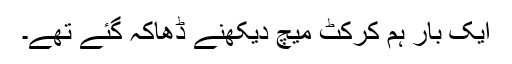
ایک بار ہم کرکٹ میچ دیکھنے ڈھاکہ گئے تھے۔